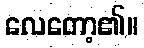
လေတော့၏။